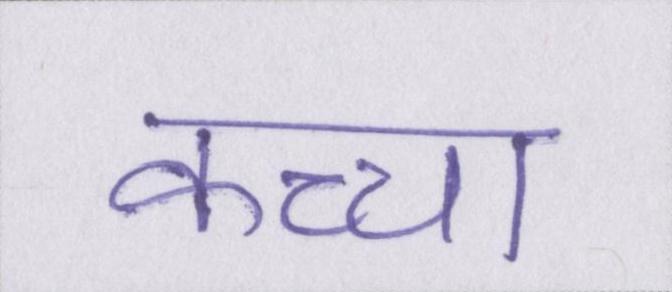
कच्चा